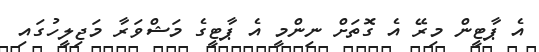
އެ ޕާޓީން މިރޭ އެ ގޮތަށް ނިންމީ އެ ޕާޓީގެ މަޝްވަރާ މަޖިލީހުގައި